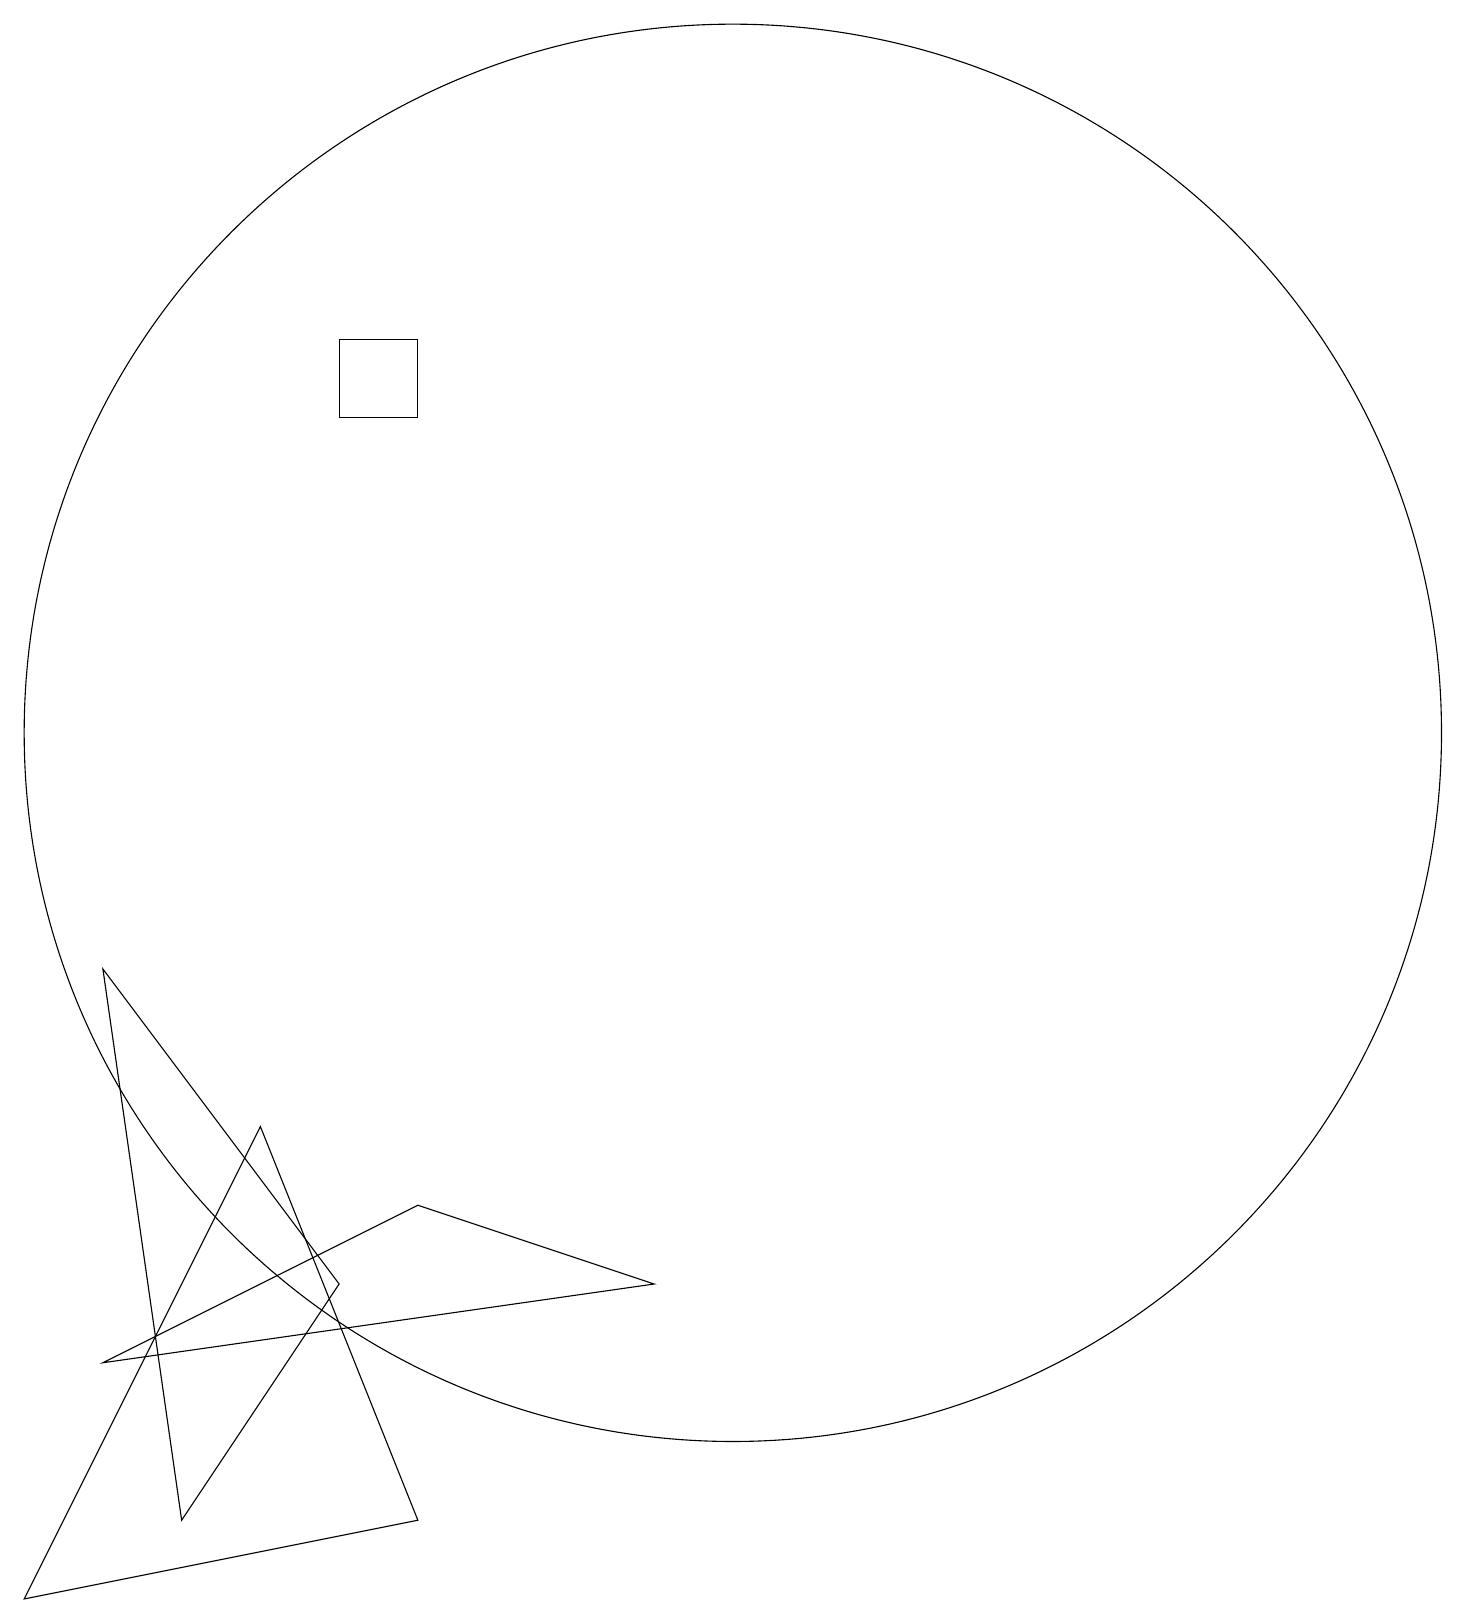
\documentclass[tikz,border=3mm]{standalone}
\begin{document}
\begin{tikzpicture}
\draw (6,1) -- (4,6) -- (1,0) -- cycle;
\draw (10,11) circle (9);
\draw (10,10) circle (0);
\draw (6,16) rectangle (5,15);
\draw (3,1) -- (5,4) -- (2,8) -- cycle;
\draw (6,5) -- (9,4) -- (2,3) -- cycle;
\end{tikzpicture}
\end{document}